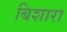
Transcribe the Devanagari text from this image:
बिशारा